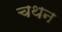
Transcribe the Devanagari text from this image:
चथन